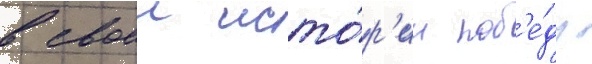
в своеи исто́р'ии поб'е́ду